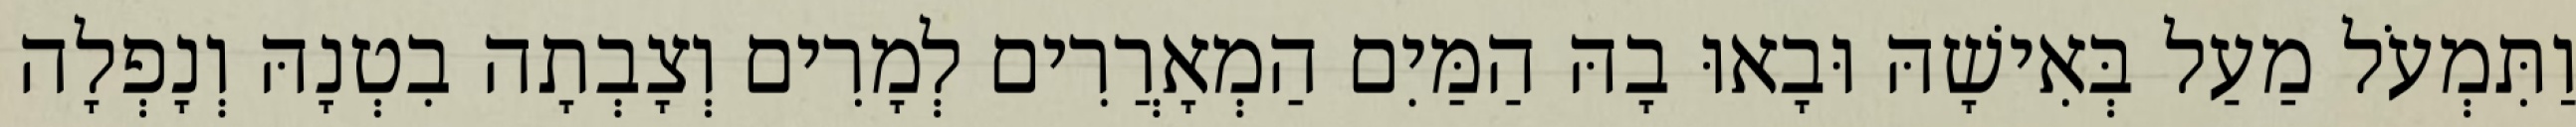
וַתִּמְעֹל מַעַל בְּאִישָׁהּ וּבָאוּ בָהּ הַמַּיִם הַמְאָרֲרִים לְמָרִים וְצָבְתָה בִטְנָהּ וְנָפְלָה